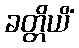
ခတ္တိယိံ